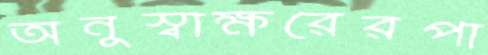
অনুস্বাক্ষরেরপা